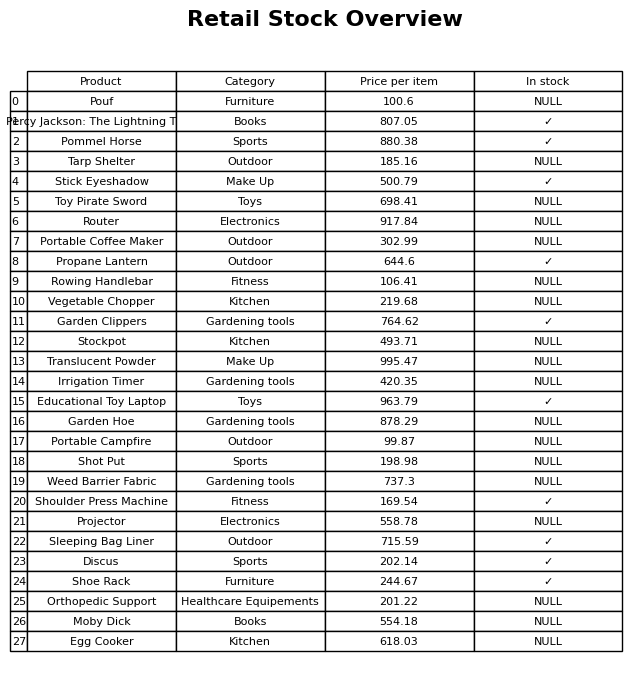
question: What is the stock status of the Portable Coffee Maker?
answer: NULL